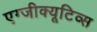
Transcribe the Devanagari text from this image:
एग्जीक्यूटिव्स